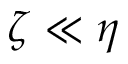
\zeta \ll \eta